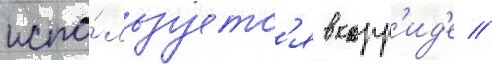
испо́льзуетс'я в корр'ид'е //